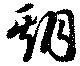
期